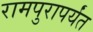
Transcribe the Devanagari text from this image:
रामपुरापर्यंत